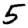
Digit: 5